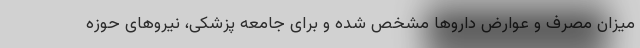
میزان مصرف و عوارض داروها مشخص شده و برای جامعه پزشکی، نیروهای حوزه